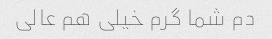
دم شما گرم خیلی هم عالی